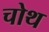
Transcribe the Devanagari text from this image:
चोथ